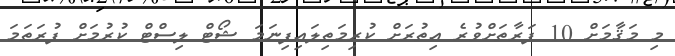
މި މަޤާމަށް 10 ފަރާތަށްވުރެ އިތުރަށް ކުރިމަތިލައިފިނަމަ ޝޯޓް ލިސްޓް ކުރުމަށް ފުރަތަމަ